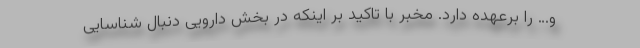
و… را برعهده دارد. مخبر با تاکید بر اینکه در بخش دارویی دنبال شناسایی